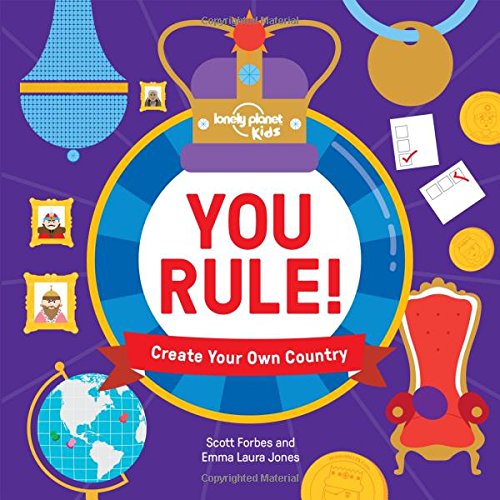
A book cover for You Rule!: A Practical Guide to Creating Your Own Kingdom (Lonely Planet Kids); Lonely Planet Kids; Children's Books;